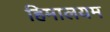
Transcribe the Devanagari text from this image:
हिमालयम